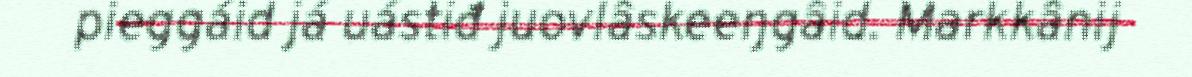
pieggáid já uástiđ juovlâskeeŋgâid. Markkânij